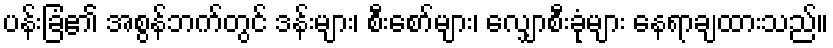
ပန်းခြံ၏ အစွန်ဘက်တွင် ဒန်းများ၊ စီးစော်များ၊ လျှောစီးခုံများ နေရာချထားသည်။